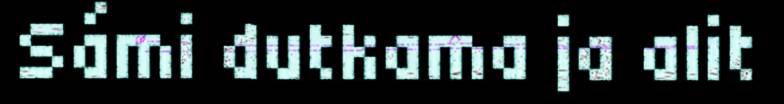
Sámi dutkama ja alit